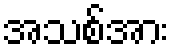
အသစ်အား